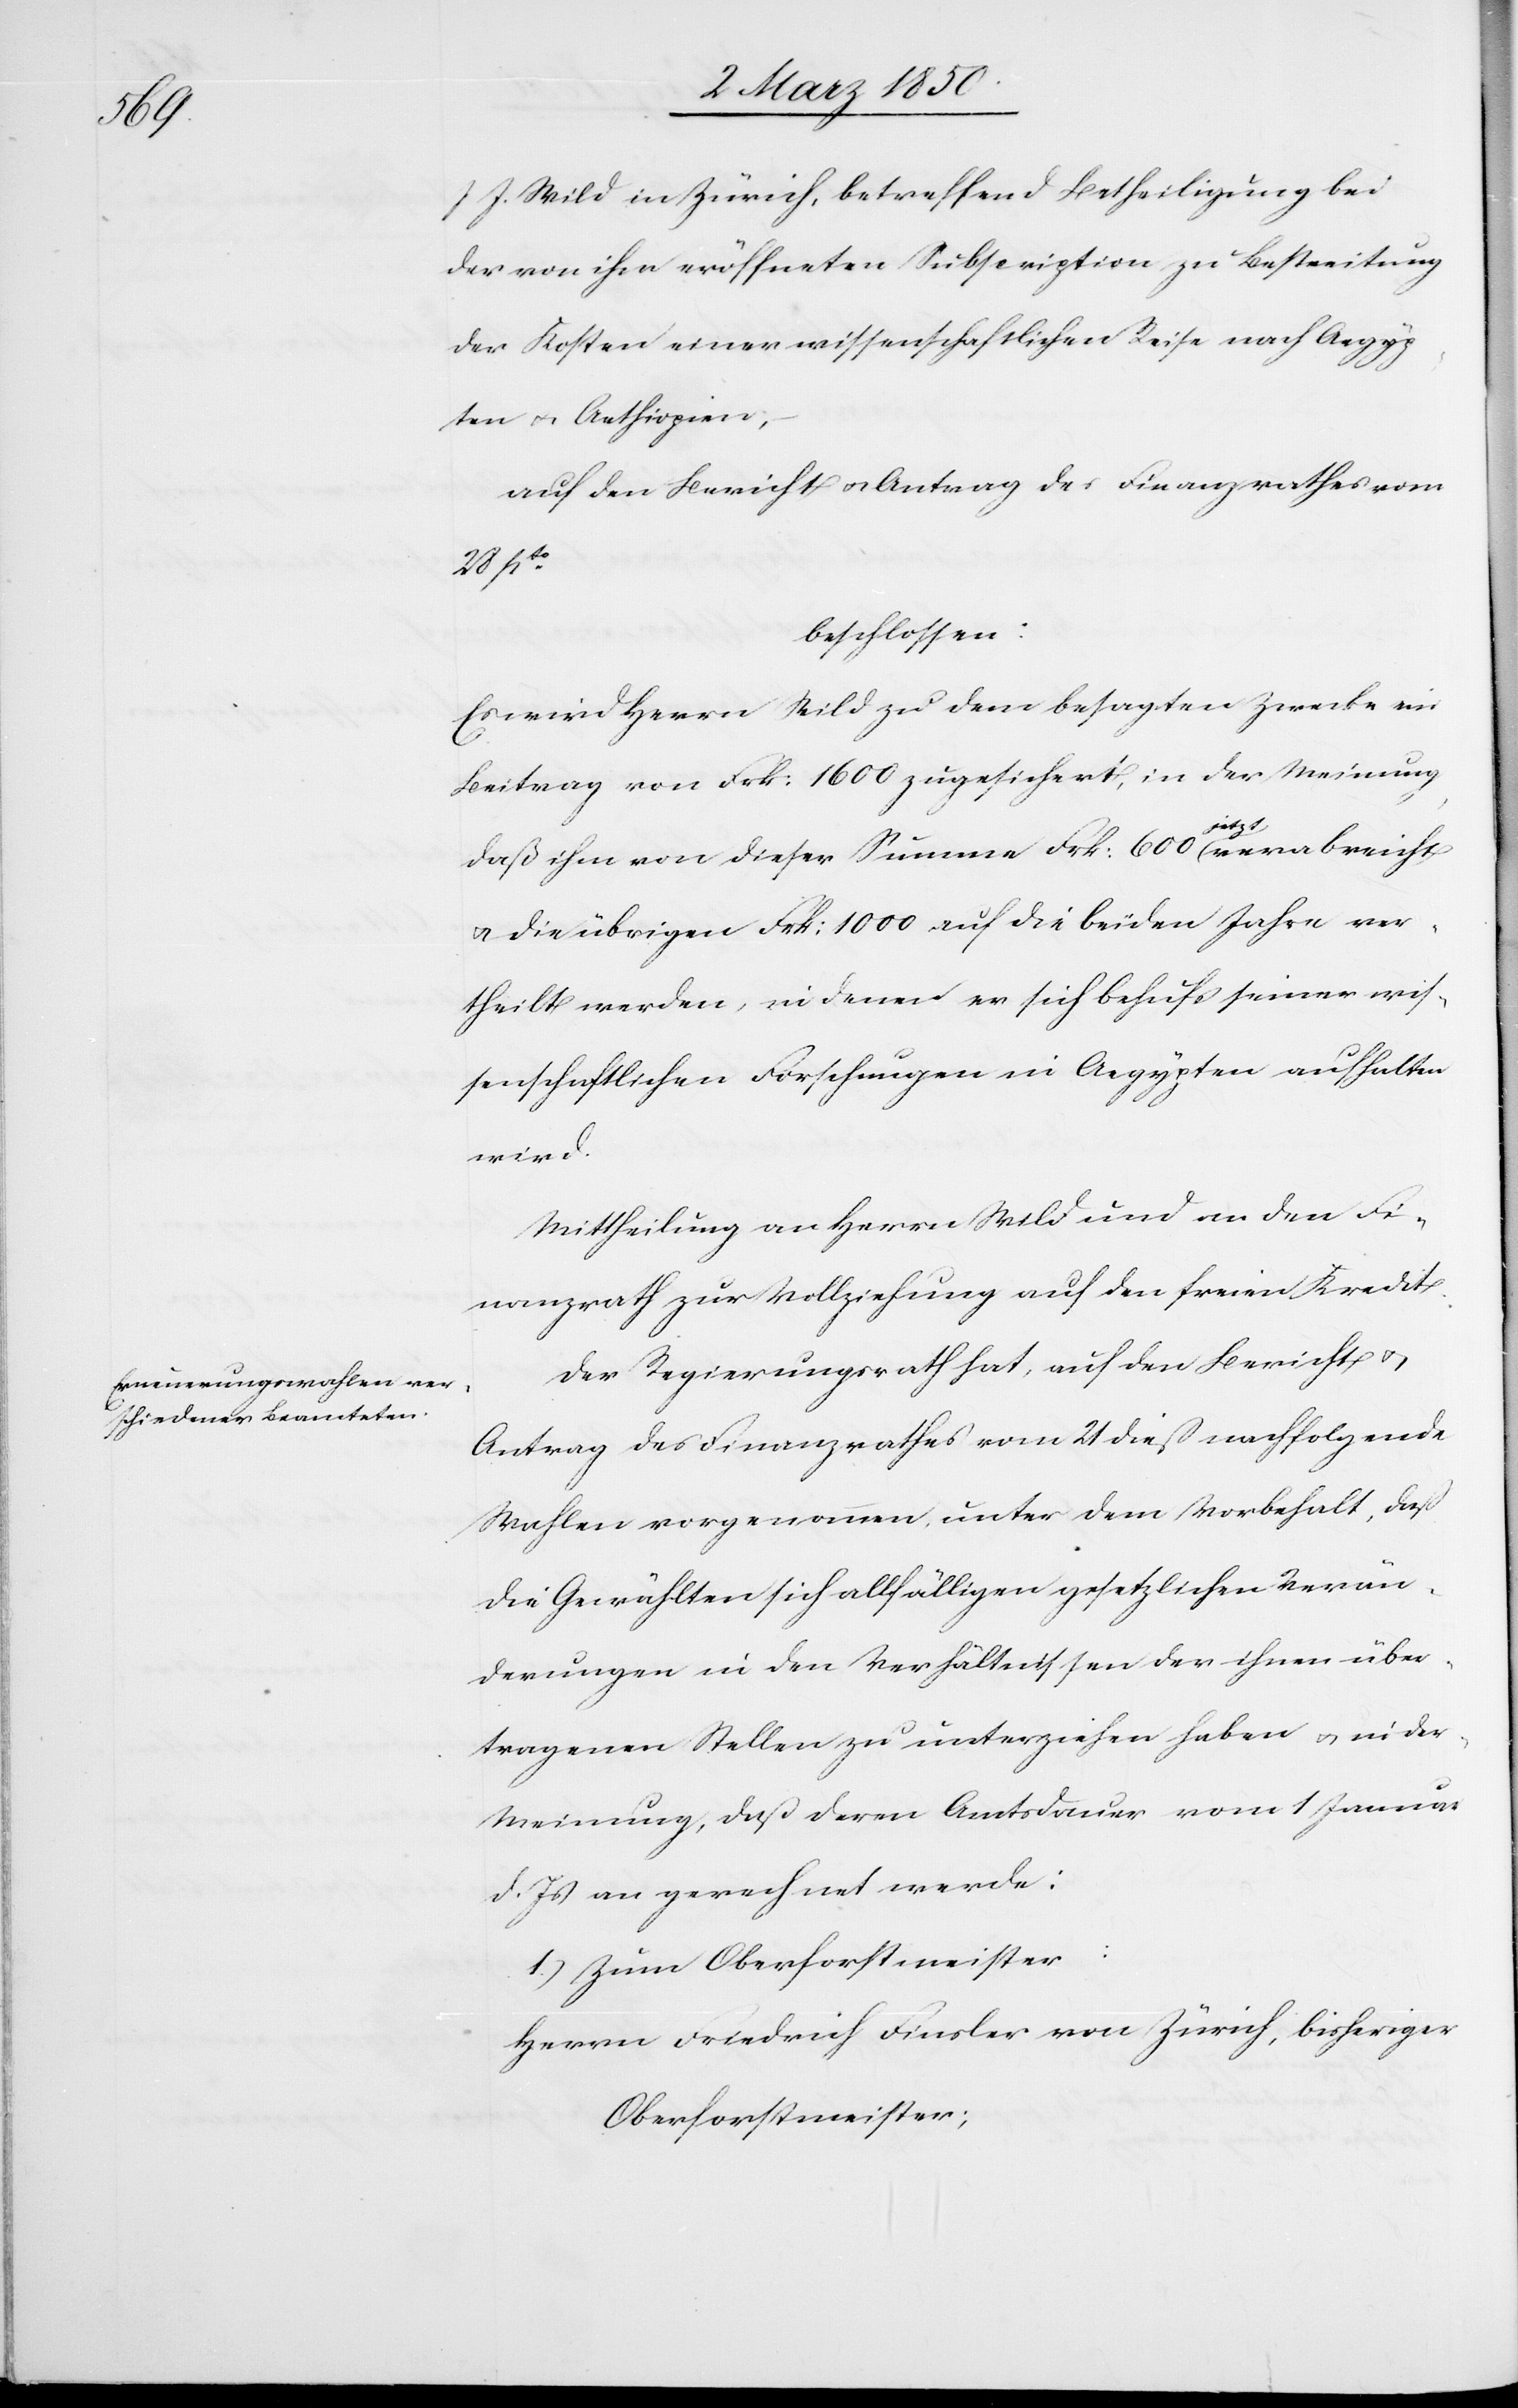
J.

J. Wild in Zürich, betreffend Betheiligung bei
der von ihm eröffneten Subscription zu Bestreitung
der Kosten einer wissenschaftlichen Reise nach Aegyp¬
ten u. Aethiopien,
auf den Bericht u. Antrag des Finanzrathes vom
28 pto
beschlossen:
Es wird Herrn Wild zu dem besagten Zwecke ein
Beitrag von Frk: 1600 zugesichert, in der Meinung,
daß ihm von dieser Summe Frk: 600 jetzt verabreicht
u. die übrigen Frk: 1000 auf die beiden Jahre ver¬
theilt werden, in denen er sich behufs seiner wis¬
senschaftlichen Forschungen in Aegypten aufhalten
wird.
Mittheilung an Herrn Wild und an den Fi¬
nanzrath zur Vollziehung auf den freien Kredit.
Der Regierungsrath hat, auf den Bericht u.
Antrag des Finanzrathes vom 21 dieß nachfolgende
Wahlen vorgenommen, unter dem Vorbehalt, daß
die Gewählten sich allfälligen gesetzlichen Verän¬
derungen in den Verhältnissen der ihnen über¬
tragenen Stellen zu unterziehen haben u. in der
Meinung daß deren Amtsdauer vom 1 Januar
d. Js an gerechnet werde:
1.) Zum Oberforstmeister:
Herrn Friedrich Finsler von Zürich, bisheriger
Oberforstmeister;